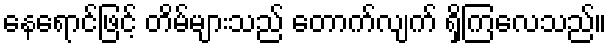
နေရောင်ဖြင့် တိမ်များသည် တောက်လျက် ရှိကြလေသည်။